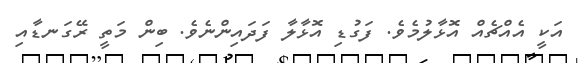
އަކީ އެއްޗެއް އޮޅާލުމެވެ. ފަގުޑި އޮޅާލާ ފަދައިންނެވެ. ބިން މަތީ ރޭގަނޑާއި